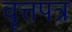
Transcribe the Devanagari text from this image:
वॄत्तपत्र